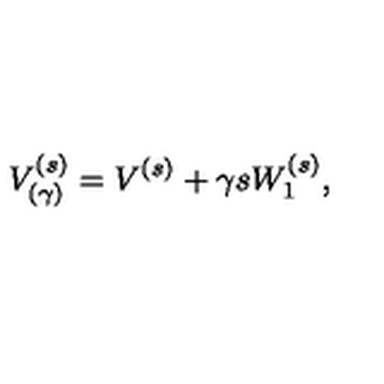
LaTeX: V _ { ( \gamma ) } ^ { ( s ) } = V ^ { ( s ) } + \gamma s W _ { 1 } ^ { ( s ) } ,